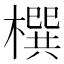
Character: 㯢